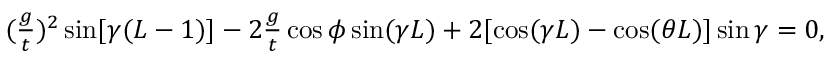
\begin{array} { r } { ( \frac { g } { t } ) ^ { 2 } \sin [ \gamma ( L - 1 ) ] - 2 \frac { g } { t } \cos \phi \sin ( \gamma L ) + 2 [ \cos ( \gamma L ) - \cos ( \theta L ) ] \sin \gamma = 0 , } \end{array}